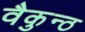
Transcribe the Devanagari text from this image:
वैकुन्ठ